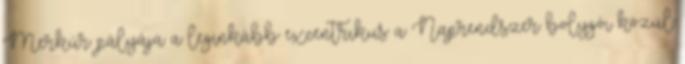
Merkúr pályája a leginkább excentrikus a Naprendszer bolygói közül